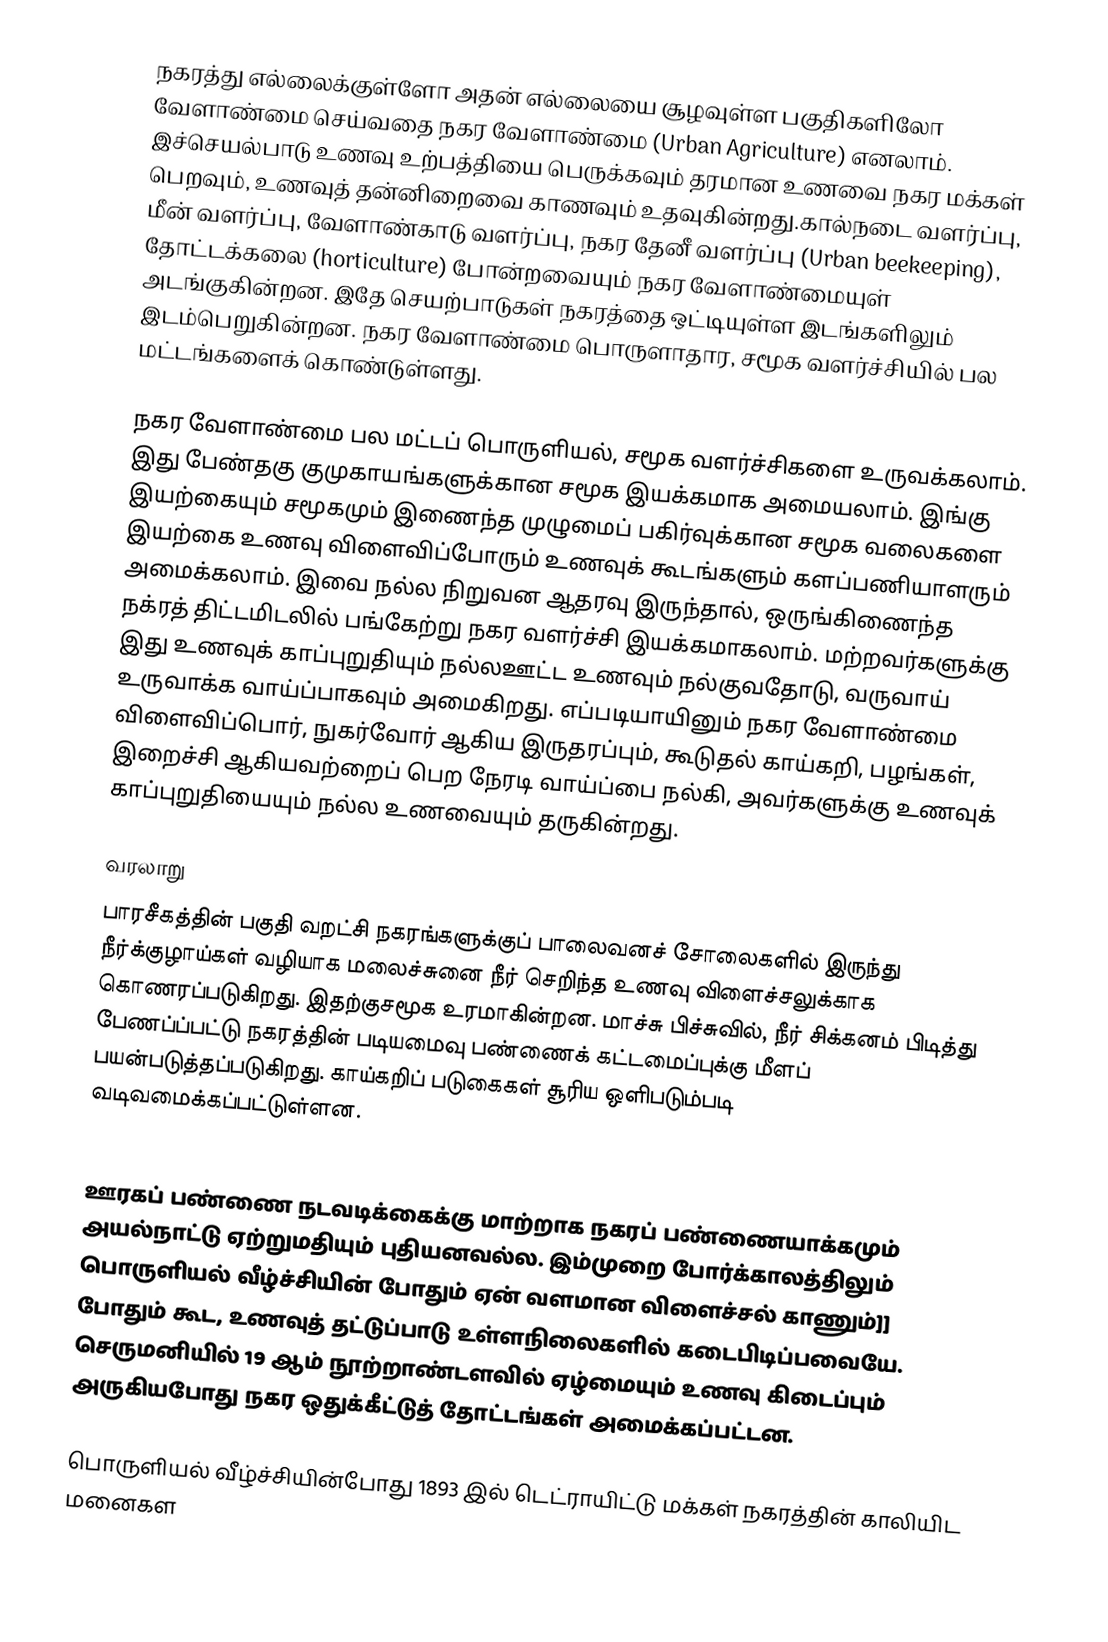
நகரத்து எல்லைக்குள்ளோ அதன் எல்லையை சூழவுள்ள பகுதிகளிலோ வேளாண்மை செய்வதை நகர வேளாண்மை (Urban Agriculture) எனலாம். இச்செயல்பாடு உணவு உற்பத்தியை பெருக்கவும் தரமான உணவை நகர மக்கள் பெறவும், உணவுத் தன்னிறைவை காணவும் உதவுகின்றது.கால்நடை வளர்ப்பு, மீன் வளர்ப்பு, வேளாண்காடு வளர்ப்பு, நகர தேனீ வளர்ப்பு (Urban beekeeping), தோட்டக்கலை (horticulture) போன்றவையும் நகர வேளாண்மையுள் அடங்குகின்றன. இதே செயற்பாடுகள் நகரத்தை ஒட்டியுள்ள இடங்களிலும் இடம்பெறுகின்றன. நகர வேளாண்மை பொருளாதார, சமூக வளர்ச்சியில் பல மட்டங்களைக் கொண்டுள்ளது.

நகர வேளாண்மை பல மட்டப் பொருளியல், சமூக வளர்ச்சிகளை உருவக்கலாம்.  இது பேண்தகு குமுகாயங்களுக்கான சமூக இயக்கமாக அமையலாம். இங்கு இயற்கையும் சமூகமும் இணைந்த முழுமைப் பகிர்வுக்கான சமூக வலைகளை இயற்கை உணவு விளைவிப்போரும் உணவுக் கூடங்களும் களப்பணியாளரும் அமைக்கலாம்.  இவை நல்ல நிறுவன ஆதரவு இருந்தால், ஒருங்கிணைந்த நக்ரத் திட்டமிடலில் பங்கேற்று  நகர வளர்ச்சி இயக்கமாகலாம்.  மற்றவர்களுக்கு இது உணவுக் காப்புறுதியும் நல்லஊட்ட உணவும் நல்குவதோடு, வருவாய் உருவாக்க வாய்ப்பாகவும் அமைகிறது.  எப்படியாயினும் நகர வேளாண்மை விளைவிப்பொர், நுகர்வோர் ஆகிய இருதரப்பும், கூடுதல் காய்கறி, பழங்கள், இறைச்சி ஆகியவற்றைப் பெற நேரடி வாய்ப்பை நல்கி, அவர்களுக்கு உணவுக் காப்புறுதியையும் நல்ல உணவையும் தருகின்றது.

வரலாறு
பாரசீகத்தின் பகுதி வறட்சி நகரங்களுக்குப் பாலைவனச் சோலைகளில் இருந்து நீர்க்குழாய்கள் வழியாக  மலைச்சுனை நீர் செறிந்த உணவு விளைச்சலுக்காக கொணரப்படுகிறது. இதற்குசமூக உரமாகின்றன. மாச்சு பிச்சுவில்,  நீர் சிக்கனம் பிடித்து பேணப்ப்பட்டு நகரத்தின் படியமைவு பண்ணைக் கட்டமைப்புக்கு மீளப் பயன்படுத்தப்படுகிறது. காய்கறிப் படுகைகள் சூரிய ஒளிபடும்படி வடிவமைக்கப்பட்டுள்ளன.

ஊரகப் பண்ணை நடவடிக்கைக்கு மாற்றாக நகரப் பண்ணையாக்கமும் அயல்நாட்டு ஏற்றுமதியும் புதியனவல்ல.  இம்முறை போர்க்காலத்திலும் பொருளியல் வீழ்ச்சியின் போதும் ஏன் வளமான விளைச்சல் காணும்]] போதும் கூட, உணவுத் தட்டுப்பாடு உள்ளநிலைகளில் கடைபிடிப்பவையே. செருமனியில் 19 ஆம் நூற்றாண்டளவில் ஏழ்மையும் உணவு கிடைப்பும் அருகியபோது நகர ஒதுக்கீட்டுத் தோட்டங்கள் அமைக்கப்பட்டன.

பொருளியல் வீழ்ச்சியின்போது 1893 இல் டெட்ராயிட்டு மக்கள் நகரத்தின் காலியிட மனைகள